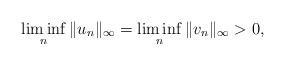
LaTeX: \begin{align*}\liminf_n\Vert u_n\Vert_\infty=\liminf_n\Vert v_n\Vert_\infty>0,\end{align*}